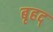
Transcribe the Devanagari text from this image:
बृहद्‌